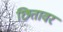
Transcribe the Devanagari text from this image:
छितावर